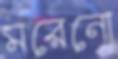
মরেনো